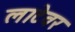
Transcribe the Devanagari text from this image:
लाटेवर